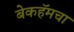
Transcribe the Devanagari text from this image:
बेकहॅमचा